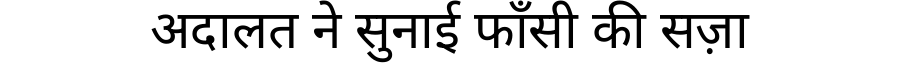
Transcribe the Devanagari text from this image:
अदालत ने सुनाई फाँसी की सज़ा